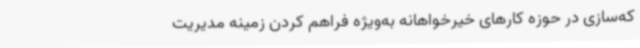
که‌سازی در حوزه کارهای خیرخواهانه به‌ویژه فراهم کردن زمینه مدیریت